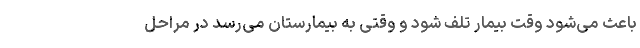
باعث می‌شود وقت بیمار تلف شود و وقتی به بیمارستان می‌رسد در مراحل